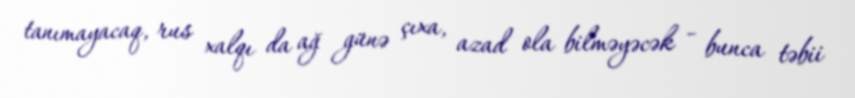
tanımayacaq, rus xalqı da ağ günə çıxa, azad ola bilməyəcək - bunca təbii